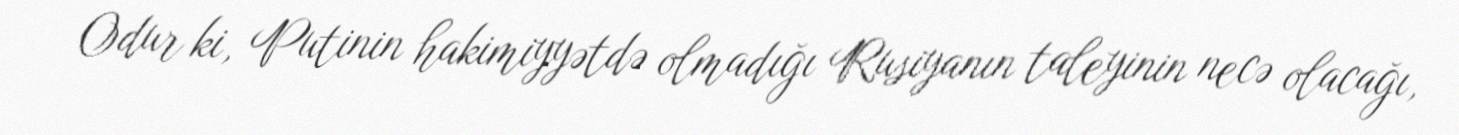
Odur ki, Putinin hakimiyyətdə olmadığı Rusiyanın taleyinin necə olacağı,